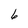
Character: 6